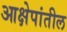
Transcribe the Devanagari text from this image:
आक्षेपांतील